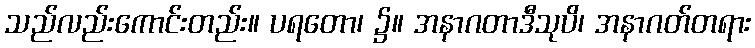
သည်လည်းကောင်းတည်း။ ပရတော၊ ၌။ အနာဂတာဒီသုပိ၊ အနာဂတ်တရား